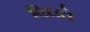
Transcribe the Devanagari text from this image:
विधते